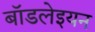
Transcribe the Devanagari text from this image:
बॉडलेइयन